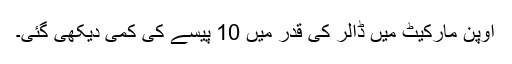
اوپن مارکیٹ میں ڈالر کی قدر میں 10 پیسے کی کمی دیکھی گئی۔